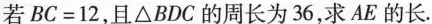
若$$BC=12$$，且△BDC的周长为36，求AE的长.